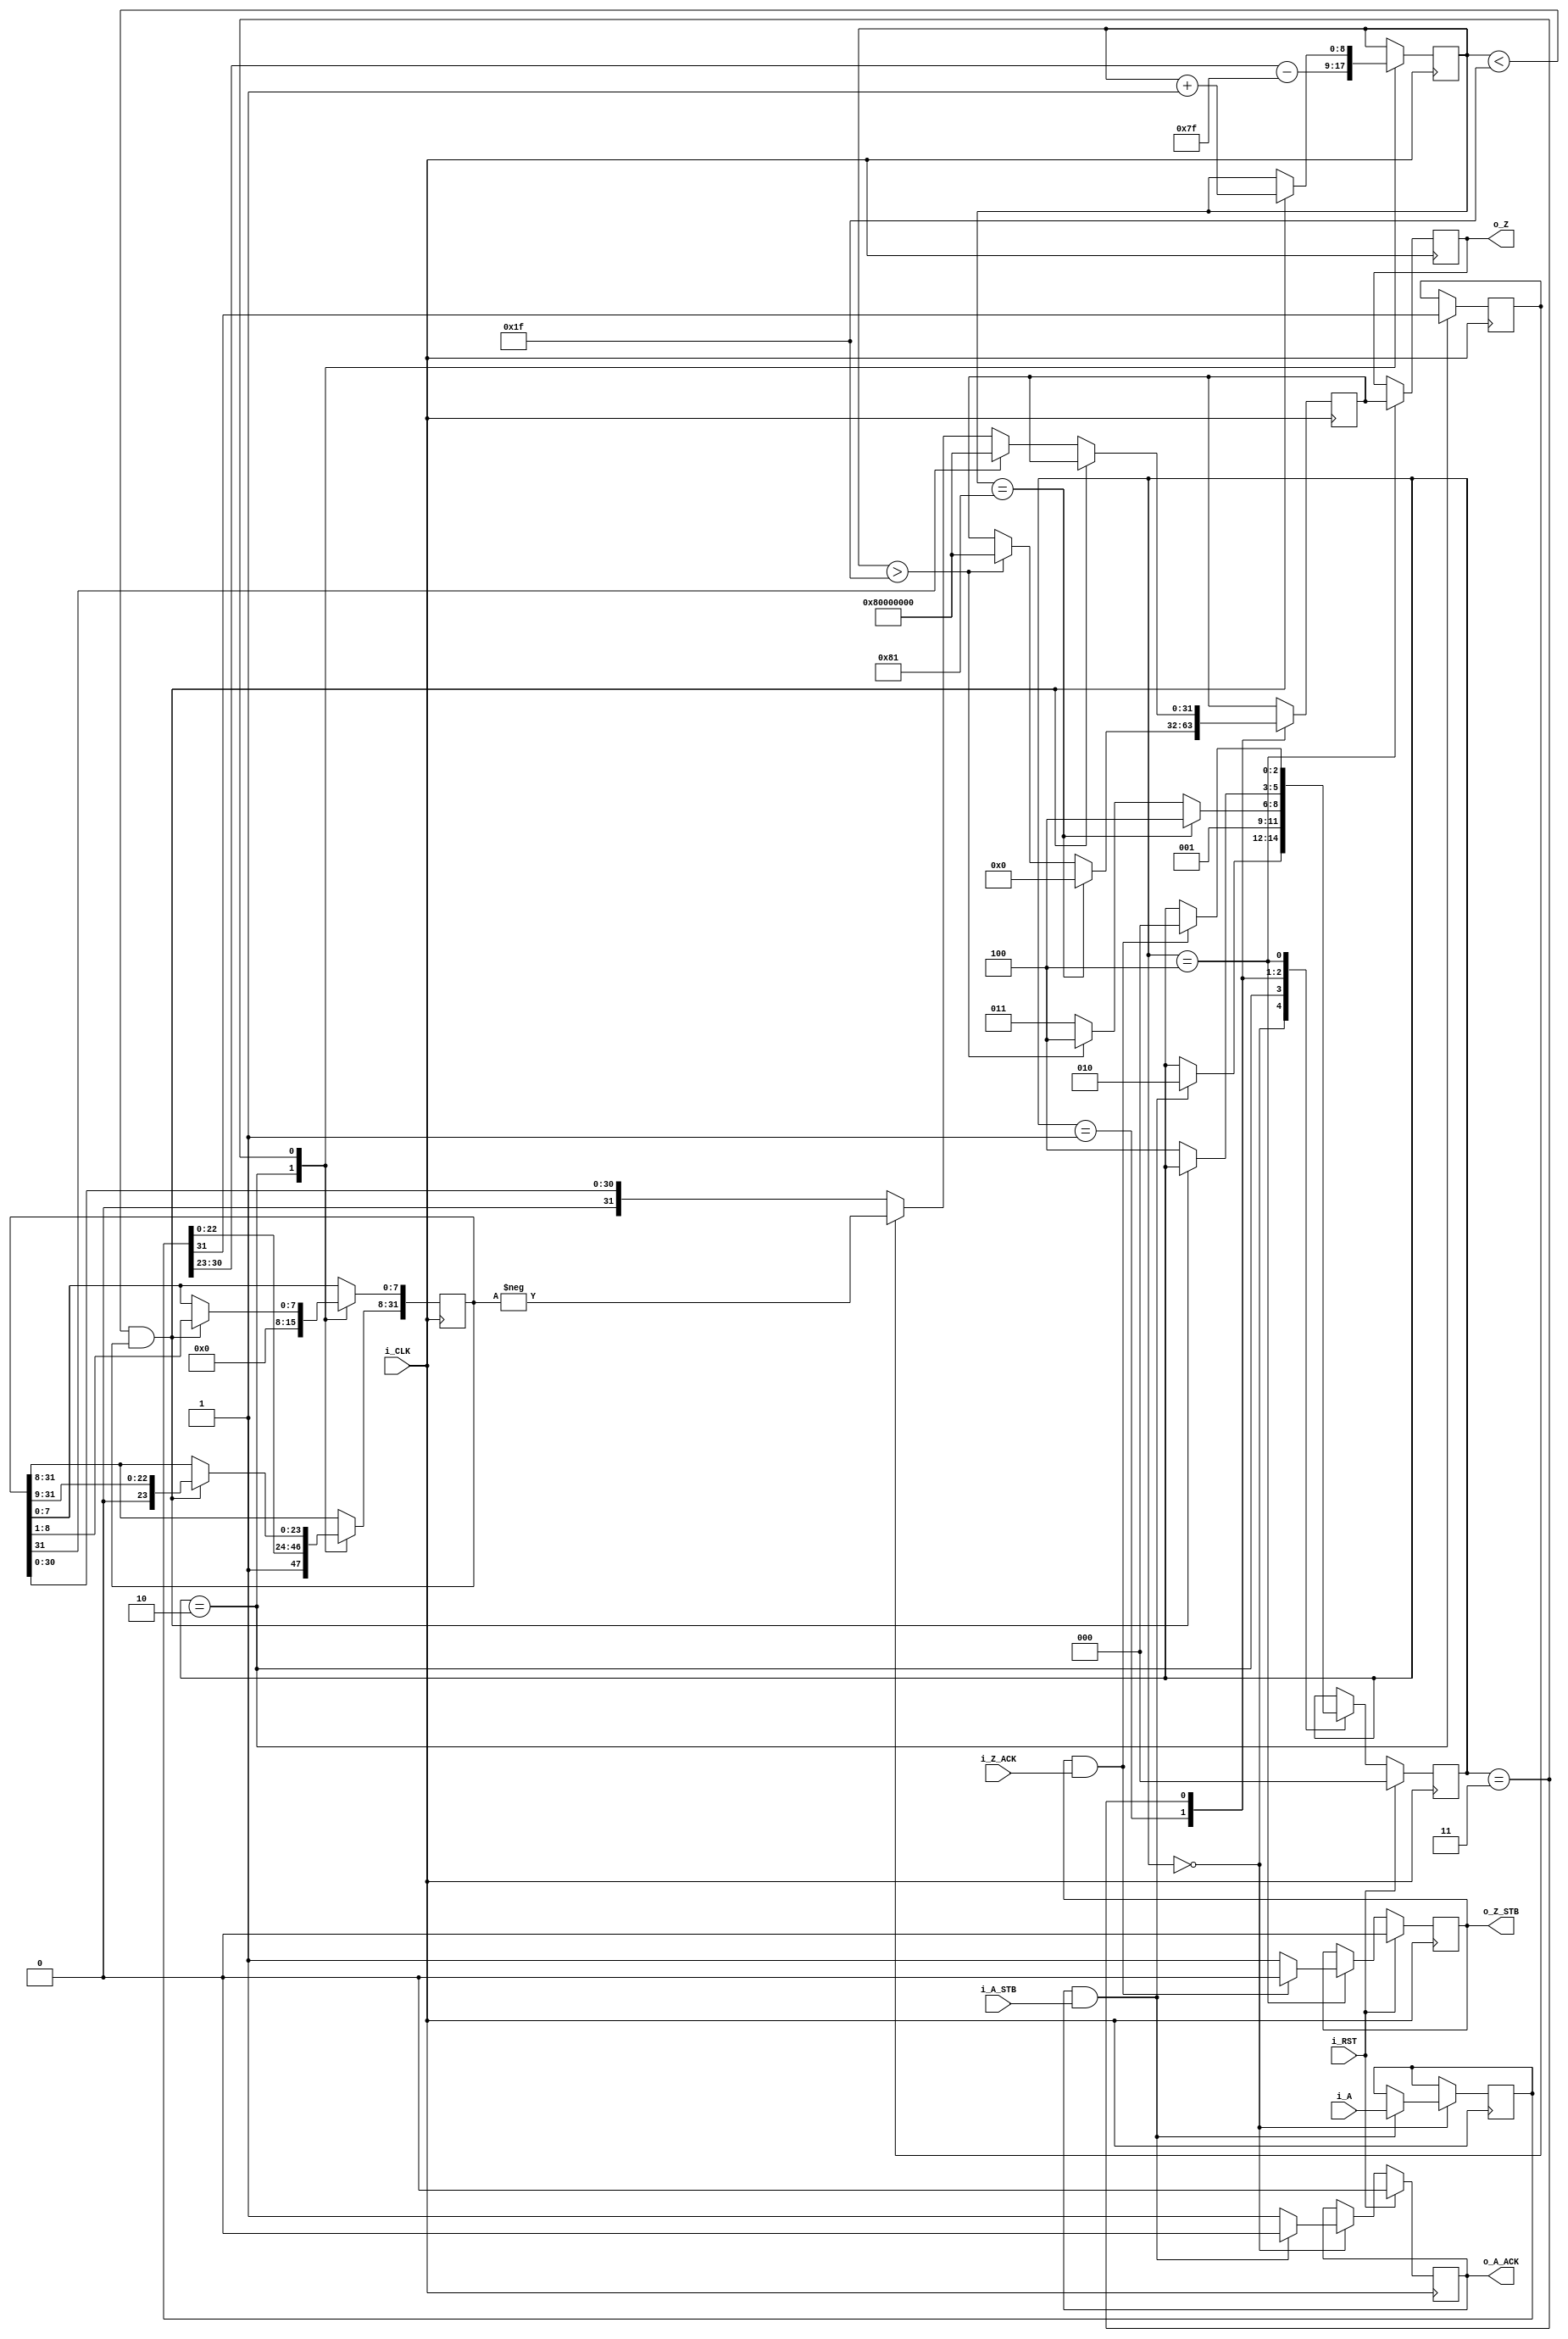
//IEEE Floating Point to Integer Converter (Single Precision)
//Copyright (C) Jonathan P Dawson 2013
//2013-12-12
module converter_f2i(
  input [31:0] i_A, // input a
  input i_A_STB, // input data is valid
  output reg o_A_ACK, // A flag that next calculation is ready
  output reg [31:0] o_Z,  // output data
  output reg o_Z_STB, // Calculation is done, and output data is valid
  input i_Z_ACK, // A flag that external module get data, so, o_Z is going to meaningless
  // it can be used as elongating o_Z_STB High (1)
  input i_CLK, // clock
  input i_RST // reset activate High(1)(asynchronous)
  );

  reg       [2:0] state;
  parameter get_a         = 3'd0,
            special_cases = 3'd1,
            unpack        = 3'd2,
            convert       = 3'd3,
            put_z         = 3'd4;

  reg [31:0] a_m, a, z;
  reg [8:0] a_e;
  reg a_s;

  always @(posedge i_CLK)
  begin
    case(state)
      get_a:
      begin
        o_A_ACK <= 1;
        if (o_A_ACK && i_A_STB) begin
          a <= i_A;
          o_A_ACK <= 0;
          state <= unpack;
        end
      end

      unpack:
      begin
        a_m[31:8] <= {1'b1, a[22 : 0]};
        a_m[7:0] <= 0;
        a_e <= a[30 : 23] - 127;
        a_s <= a[31];
        state <= special_cases;
      end

      special_cases:
      begin
        if ($signed(a_e) == -127) begin
          z <= 0;
          state <= put_z;
        end else if ($signed(a_e) > 31) begin
          z <= 32'h80000000;
          state <= put_z;
        end else begin
          state <= convert;
        end
      end

      convert:
      begin
        if ($signed(a_e) < 31 && a_m) begin
          a_e <= a_e + 1;
          a_m <= a_m >> 1;
        end else begin
          if (a_m[31]) begin
            z <= 32'h80000000;
          end else begin
            z <= a_s ? -a_m : a_m;
          end
          state <= put_z;
        end
      end

      put_z:
      begin
        o_Z_STB <= 1;
        o_Z <= z;
        if (o_Z_STB && i_Z_ACK) begin
          o_Z_STB <= 0;
          state <= get_a;
        end
      end

    endcase

    if (i_RST == 1) begin
      state <= get_a;
      o_A_ACK <= 0;
      o_Z_STB <= 0;
    end

  end
endmodule